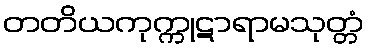
တတိယကုက္ကုဋာရာမသုတ္တံ